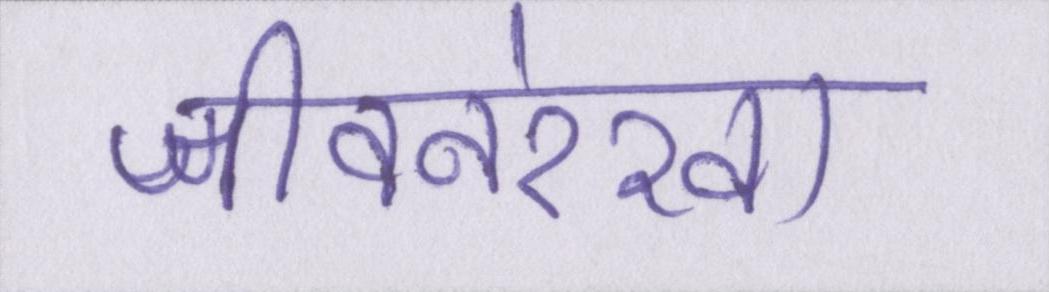
जीवनरेखा